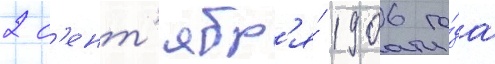
2 с'ент'ябр'я́ 1906 го́да